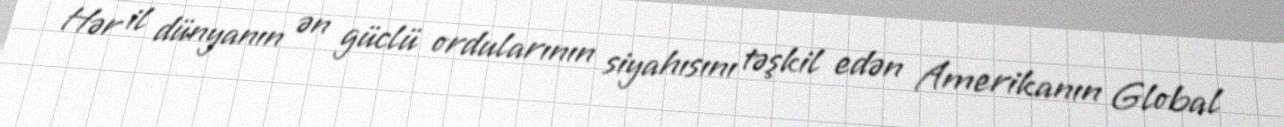
Hər il dünyanın ən güclü ordularının siyahısını təşkil edən Amerikanın Global